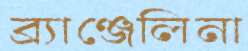
ব্র্যাঞ্জেলিনা